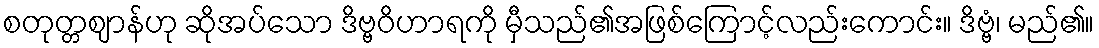
စတုတ္တဈာန်ဟု ဆိုအပ်သော ဒိဗ္ဗဝိဟာရကို မှီသည်၏အဖြစ်ကြောင့်လည်းကောင်း။ ဒိဗ္ဗံ၊ မည်၏။